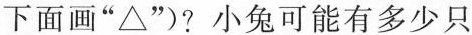
下面画”△”?小兔可能有多少只